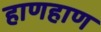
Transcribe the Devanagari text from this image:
हाणहाण